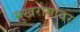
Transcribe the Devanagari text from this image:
मुखरोगांवर